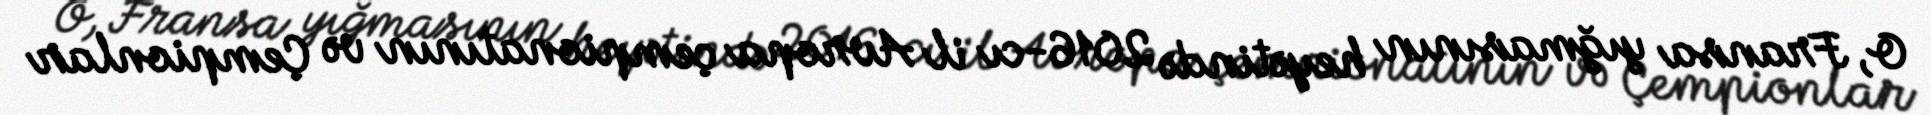
O, Fransa yığmasının heyətində 2016-cı il Avropa çempionatının və Çempionlar